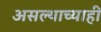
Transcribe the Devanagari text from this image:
असल्याच्याही